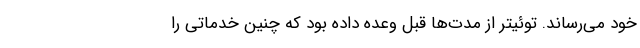
خود می‌رساند. توئیتر از مدت‌ها قبل وعده داده بود که چنین خدماتی را